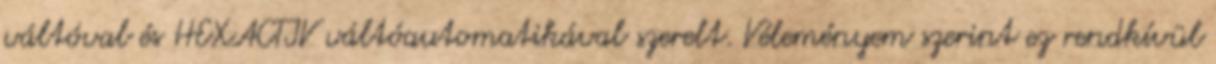
váltóval és HEXACTIV váltóautomatikával szerelt. Véleményem szerint ez rendkívül